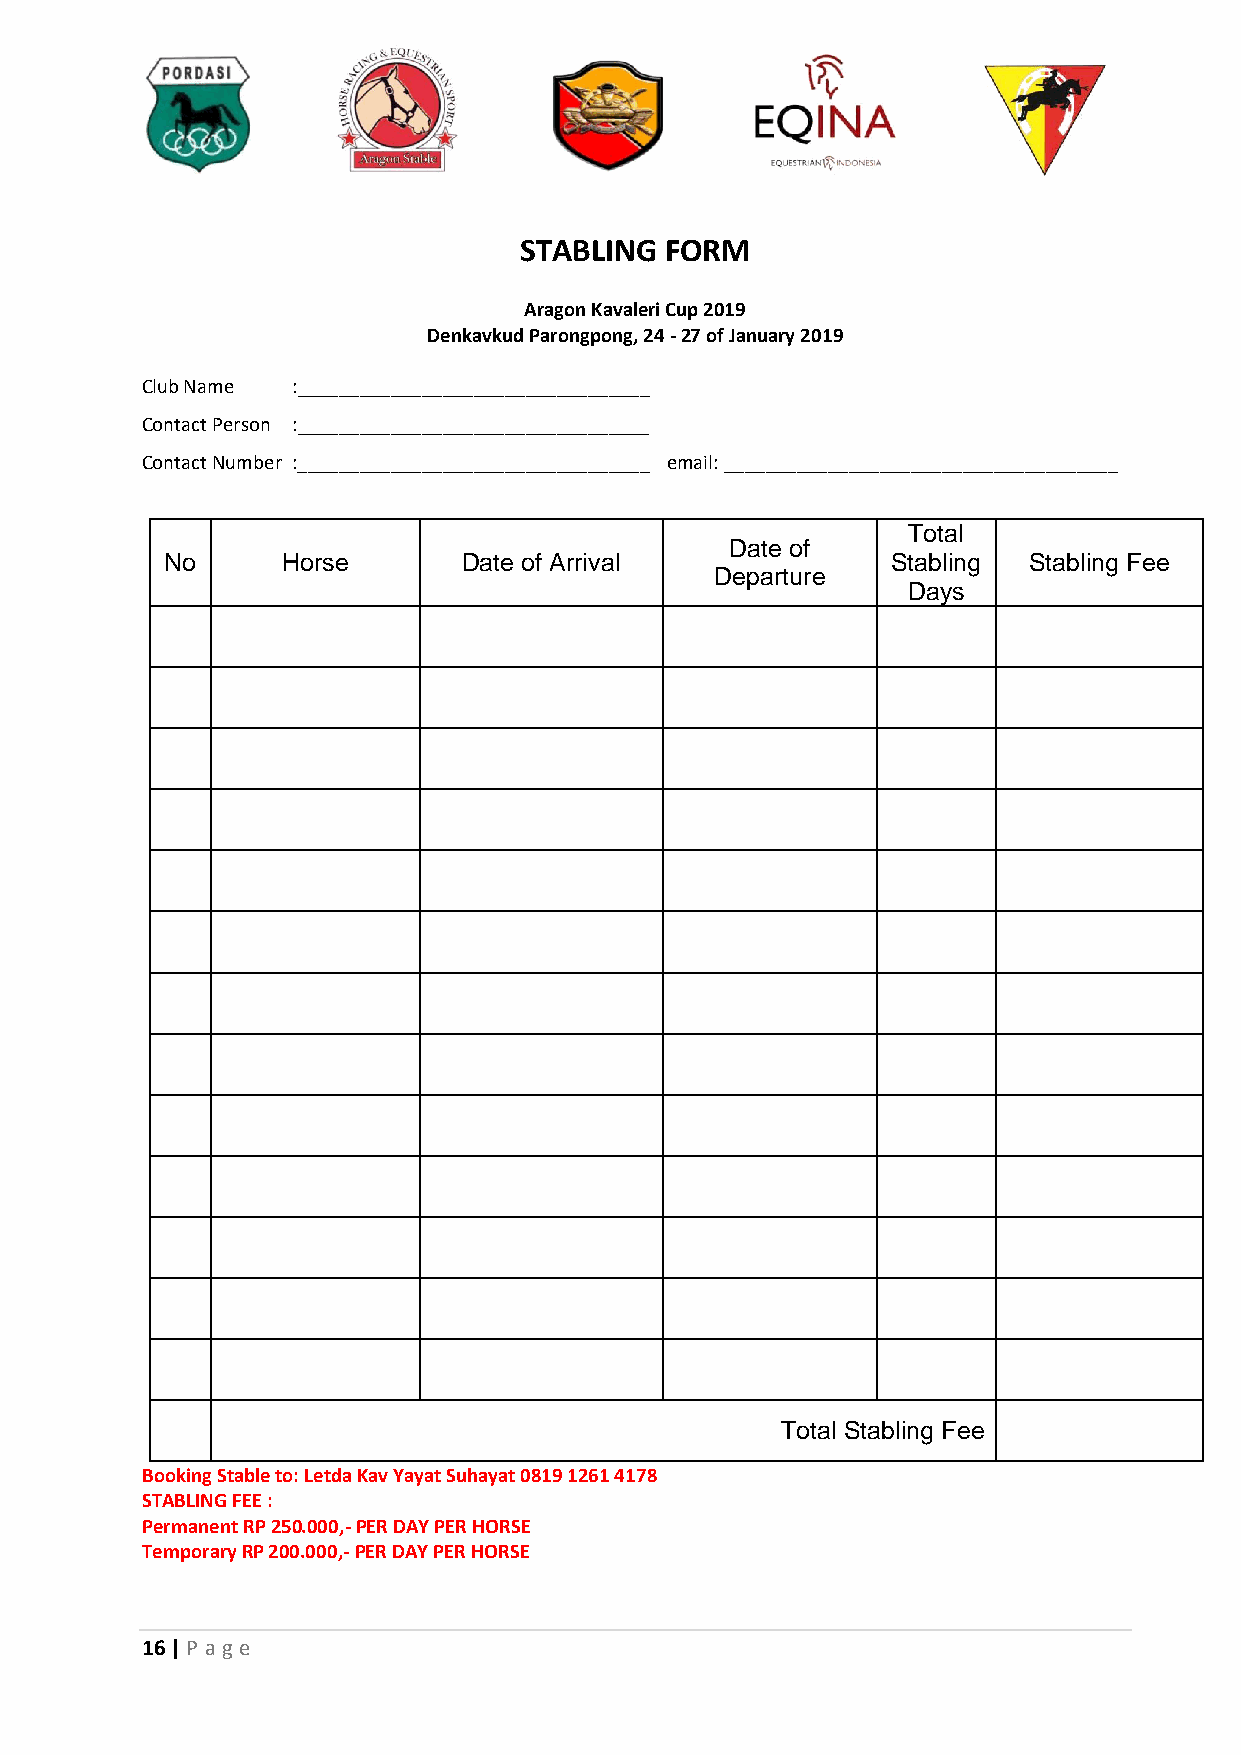
STABLING  FORM
 Aragon Kavaleri Cup 2019
 Denkavkud Parongpong, 24 - 27 of January 2019
 Club Name :__________________________________
 Contact Person :__________________________________
 Contact Number :__________________________________ email: ______________________________________
 Total
 Date of
 No      Horse       Date of Arrival             Stabling Stabling Fee
 Departure
 Days
 Total Stabling Fee
 Booking Stable to: Letda Kav Yayat Suhayat 0819 1261 4178
 STABLING FEE :
 Permanent RP 250.000,- PER DAY PER HORSE
 Temporary RP 200.000,- PER DAY PER HORSE
 16 | P age